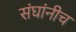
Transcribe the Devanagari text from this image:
संघांनीच